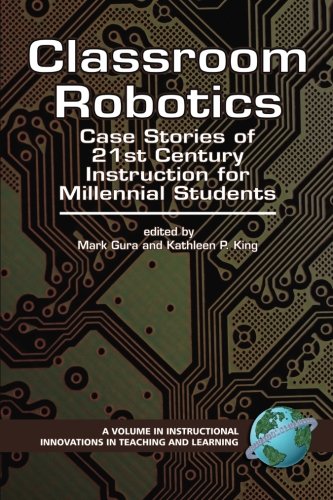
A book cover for Classroom Robotics: Case Stories of 21st Century Instruction for Millennial Students (PB) (Instructional Innovations in Teaching and Learning) (Instructional Innovations in Teaching and Learning); Education & Teaching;